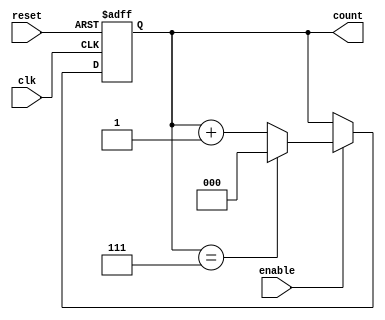
module binary_up_counter #(
    parameter N = 3  // Number of bits for the counter (default is 3 bits)
) (
    input wire clk,        // Clock signal
    input wire reset,      // Asynchronous reset signal (active high)
    input wire enable,     // Enable signal for counting
    output reg [N-1:0] count // Output count value
);

    // Always block triggered on the rising edge of the clock or the reset signal
    always @(posedge clk or posedge reset) begin
        if (reset) begin
            // Reset the count to zero
            count <= 0;
        end else if (enable) begin
            // Increment the count, wrap around at maximum value
            if (count == (2**N - 1)) begin
                count <= 0; // Wrap around
            end else begin
                count <= count + 1; // Increment count
            end
        end
    end

endmodule